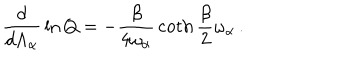
{ \frac { d } { d \Lambda _ { \alpha } } } \ln Q = - { \frac { \beta } { 4 \omega _ { \alpha } } } \coth { \frac { \beta } { 2 } } \omega _ { \alpha } \, .